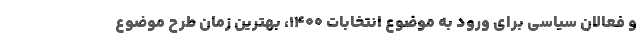
و فعالان سیاسی برای ورود به موضوع انتخابات ۱۴۰۰، بهترین زمان طرح موضوع